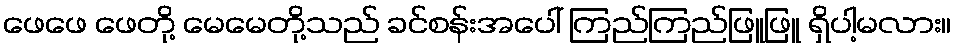
ဖေဖေ ဖေတို့ မေမေတို့သည် ခင်စန်းအပေါ် ကြည်ကြည်ဖြူဖြူ ရှိပါ့မလား။